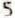
5